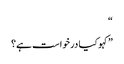
“
”کہو کیا درخواست ہے؟